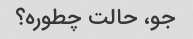
جو، حالت چطوره؟